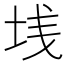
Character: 𱖒